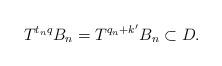
LaTeX: \begin{align*}T^{t_nq}B_n = T^{q_n+k^{\prime}}B_n \subset D. \end{align*}